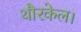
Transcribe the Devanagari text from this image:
थौरकेल।